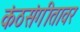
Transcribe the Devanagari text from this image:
कंठसंगीतावर